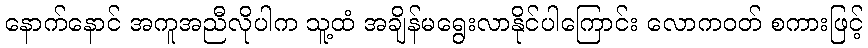
နောက်နောင် အကူအညီလိုပါက သူ့ထံ အချိန်မရွေးလာနိုင်ပါကြောင်း လောကဝတ် စကားဖြင့်